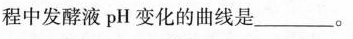
程中发酵液pH变化的曲线是___。